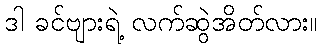
ဒါ ခင်ဗျားရဲ့ လက်ဆွဲအိတ်လား။